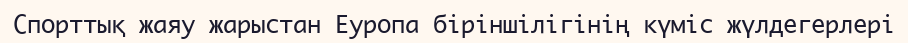
Спорттық жаяу жарыстан Еуропа біріншілігінің күміс жүлдегерлері